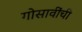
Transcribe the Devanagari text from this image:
गोसावींची